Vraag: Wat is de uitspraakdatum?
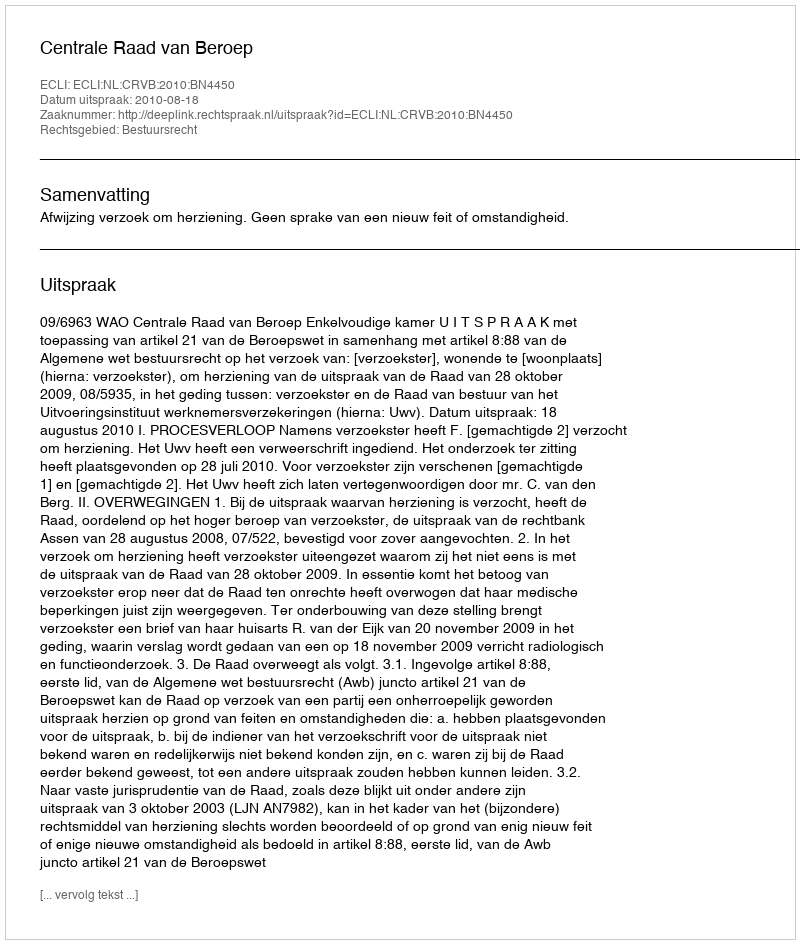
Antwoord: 2010-08-18